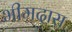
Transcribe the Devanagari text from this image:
भीमदास